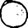
Digit: 0